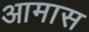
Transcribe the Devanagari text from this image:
आमास